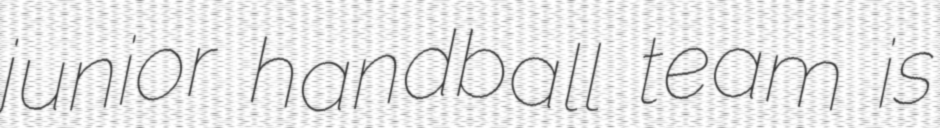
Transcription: junior handball team is